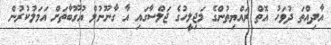
އާދިއްތަ ދުވަހު އޮތް ރައްޔިތުންގެ މަޖިލީހުގެ ޖަލްސާގައި އާ ގާނޫނުލް އުގޫބާތަށް އަމަލުކުރުން